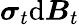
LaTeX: \boldsymbol{\sigma}_{t}\mathrm{d}\boldsymbol{B}_{t}